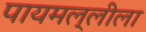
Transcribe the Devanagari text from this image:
पायमल्लीला